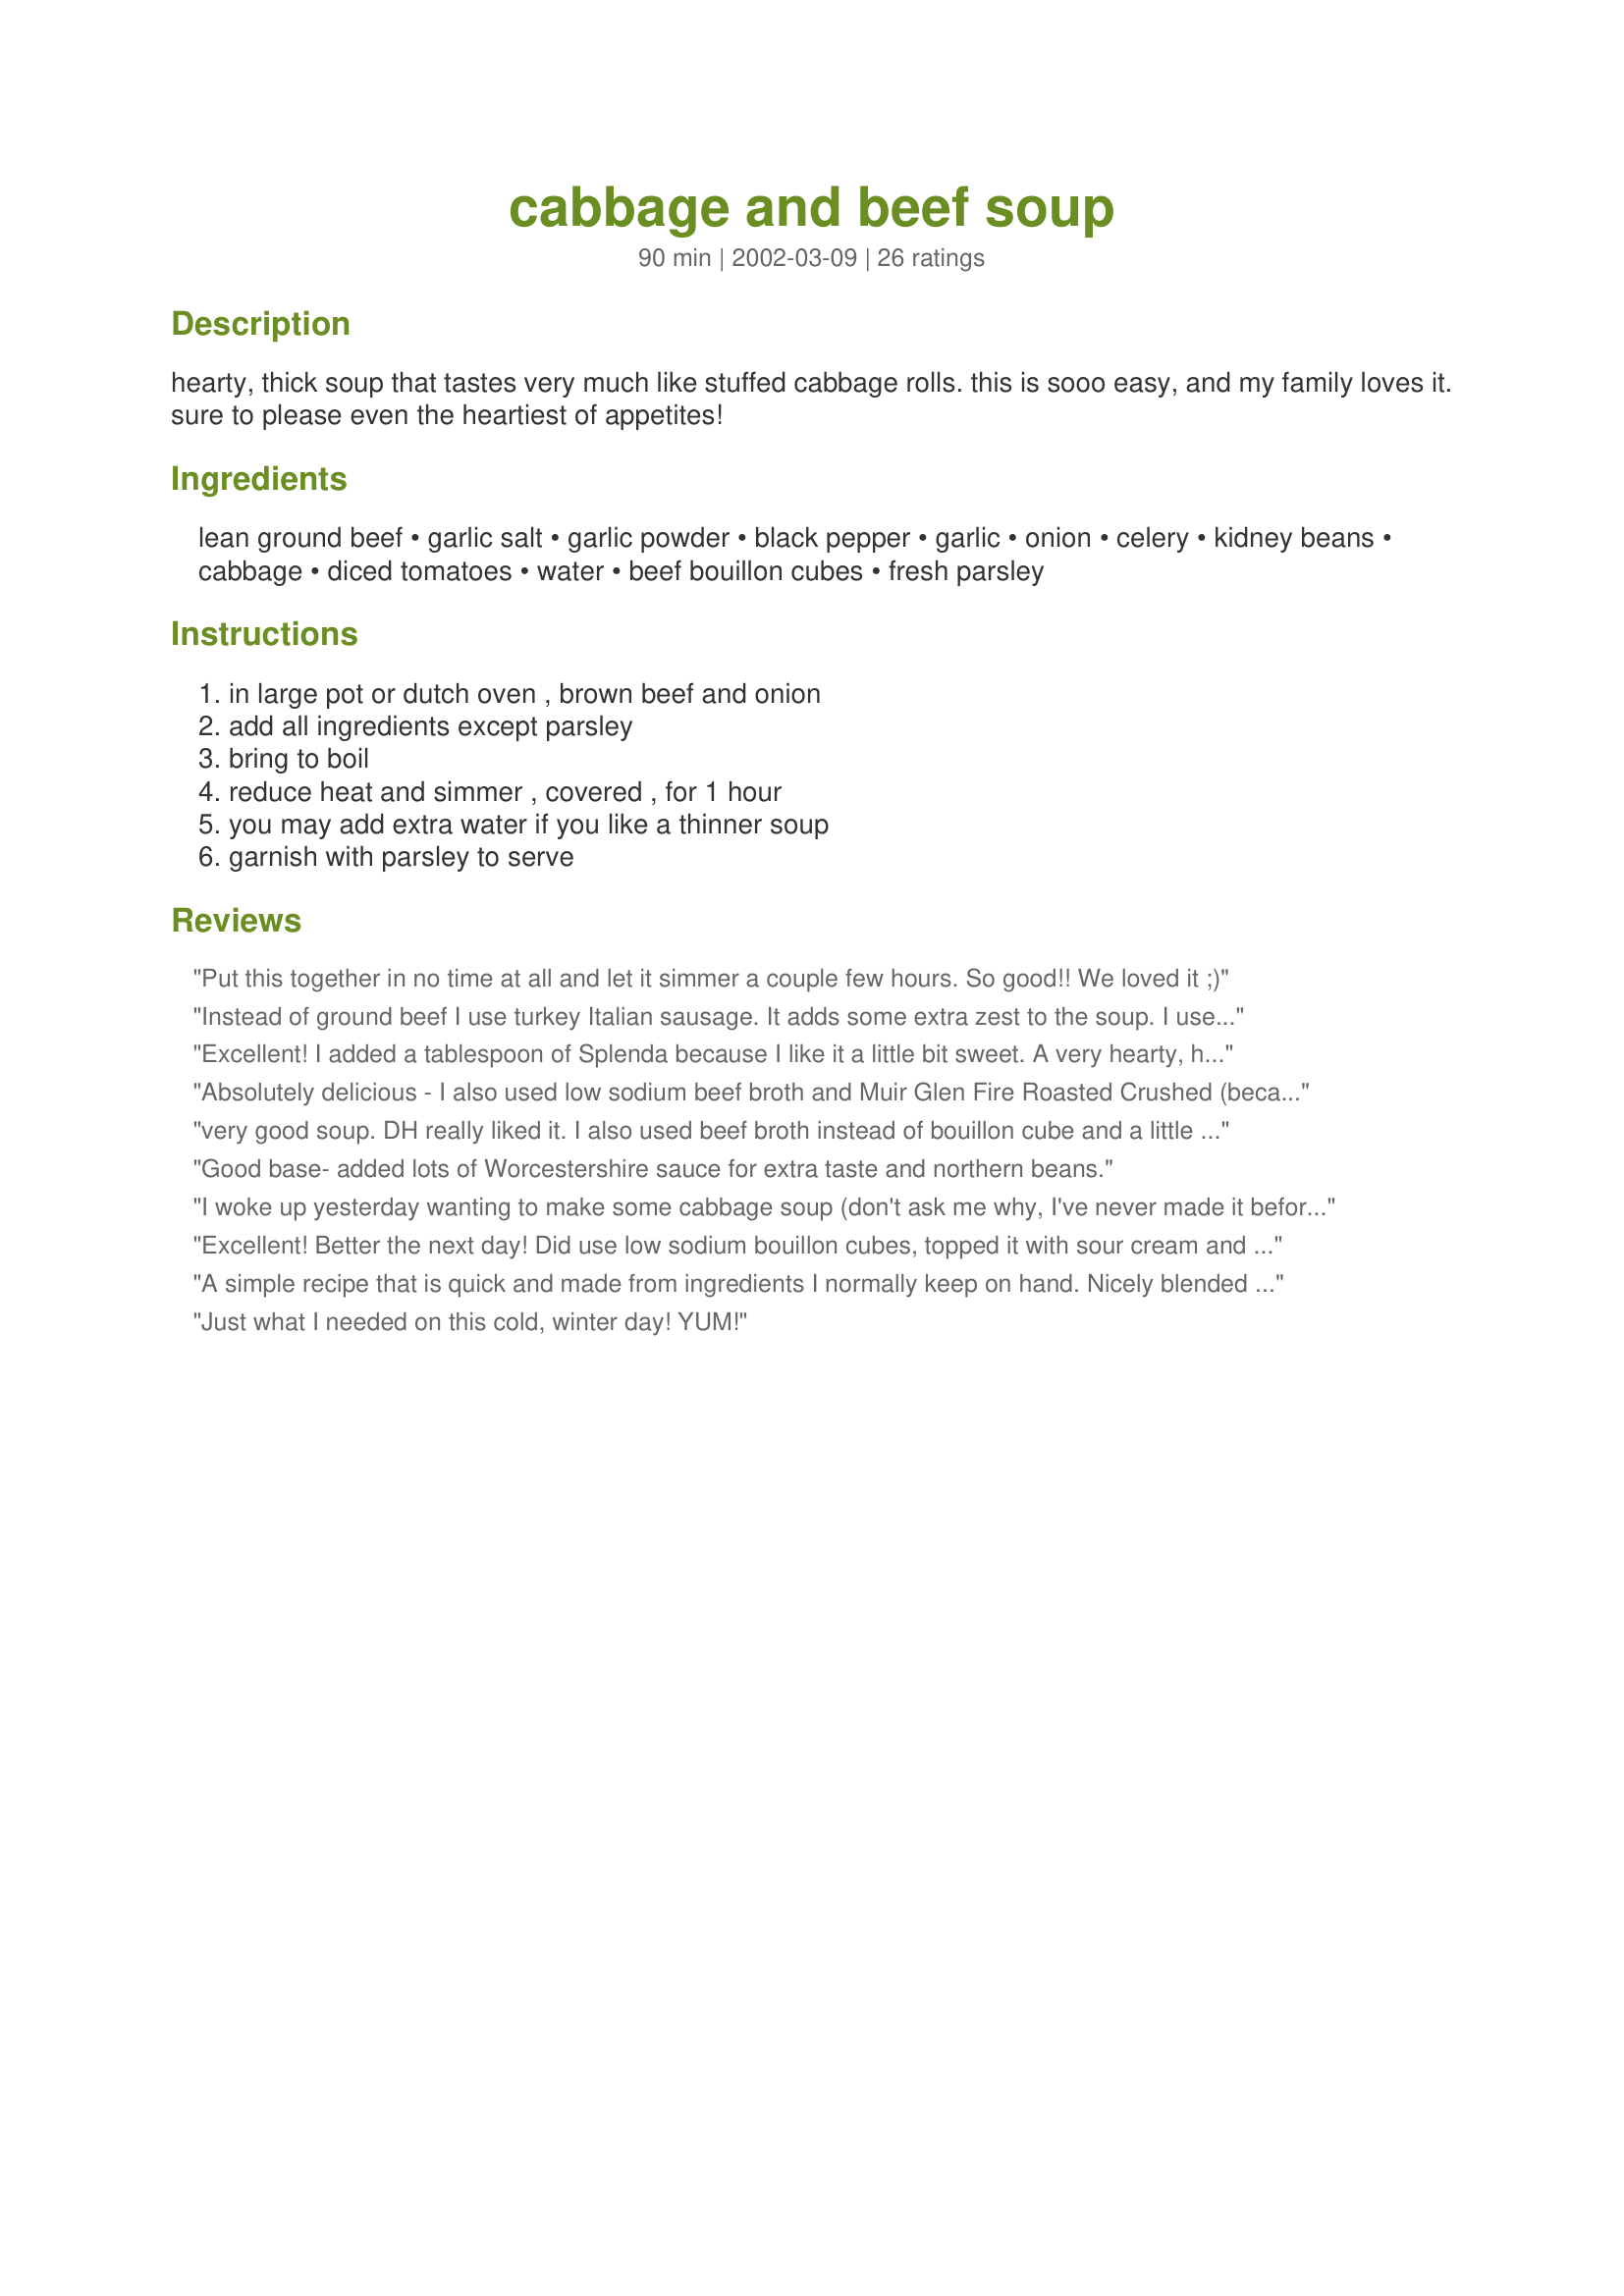
cabbage and beef soup
Preparation time: 90 minutes

hearty, thick soup that tastes very much like stuffed cabbage rolls. this is sooo easy, and my family loves it. sure to please even the heartiest of appetites!

Ingredients:
lean ground beef, garlic salt, garlic powder, black pepper, garlic, onion, celery, kidney beans, cabbage, diced tomatoes, water, beef bouillon cubes, fresh parsley

Steps:
in large pot or dutch oven , brown beef and onion, add all ingredients except parsley, bring to boil, reduce heat and simmer , covered , for 1 hour, you may add extra water if you like a thinner soup, garnish with parsley to serve

Reviews:
Put this together in no time at all and let it simmer a couple few hours. So good!! We loved it ;)
Instead of ground beef I use turkey Italian sausage. It adds some extra zest to the soup. I use half the amount of tomatoes called for and use one 15 oz can of fire roasted diced with juice. I don't like celery so I omit that as well. The Italian sausage really adds something to this soup. We love it. And it is great in that you can add anything you want.
Excellent! I added a tablespoon of Splenda because I like it a little bit sweet. A very hearty, healthy soup, makes a meal by itself. Thanks, Carole in Orlando
Absolutely delicious - I also used low sodium beef broth and Muir Glen Fire Roasted Crushed (because I don't like diced) Tomatoes (my new favorite for all things tomato). Other than that everything else the same. I'm making it tonight with some leftover T-bone steaks (chopped very small) & the bones to flavor the stockfrom last nights grilling menu. Great recipe!
very good soup. DH really liked it. I also used beef broth instead of bouillon cube and a little more onion but other wise I followed the recipe. Next time I might try the addition of a little red wine. thanks for a good soup recipe just as it stands.
Good base- added lots of Worcestershire sauce for extra taste and northern beans.
I woke up yesterday wanting to make some cabbage soup (don't ask me why, I've never made it before!) and looked through the Zaar's recipes and settled on this one. Let me tell you, this soup is WONDERFUL --- and so easy to make! I added more onion (probably about 3/4 cup). Also, I substituted a can of beef broth for the water and threw in the "reserved" tomato liquid. Also, I "guesstimated" on the seasonings, probably erring on the heavy side. Thanks, Manda, for this great recipe. I am sure I will make this often.
Excellent! Better the next day! Did use low sodium bouillon cubes, topped it with sour cream and served it with crusty artisan bread. Thanks Manda for this keeper!
A simple recipe that is quick and made from ingredients I normally keep on hand. Nicely blended flavor and freezes well.
Just what I needed on this cold, winter day! YUM!
I've been making this soup for years. It is so delicious and very filling! I also use 1 can of beef broth in place of the water and I sometimes omit the kidney beans due to personal preferences in my family. This soup is very versatile!
I must agree with the other reviewers, this is a nice base recipe. I didn't add an extra can of water, used only 2 buillion cubes, a whole onion, and dumped the whole can of tomatoes in. Half way through the simmering time I found it to be a little bland. I added some oregano, basil and 1T of ketchup then at the end zipped it up with a smidge of vinegar. Thanks for this simple recipe.
I modified this recipe but it was a great base to adjust according to what I had in the house. I used 1/2 the amount of beef and garlic salt &, doubled the onion, and added cooked rice at the end. It was a delicious soup & I will definitely cook it again!
This was a good and hearty soup but was kind of bland. I fixed that by putting in 2 tsps each of dried basil and oregano. Other than that, great recipe, Manda!!!
This was really good but a little bland. Will try the italian sausage suggestion.
Wonderful winter meal. I used a package of spicy Italian sausage to give it more flavor. And I substituted low sodium beef broth instead of the water and beef bouillion.
Great start for a soup. I added 1/3 cup of Burgundy wine and 1/4 cup of Ketchup(Yeah..I know strange). It really perked the soup up. I recommend this soup with my additions.
This is an awesome combination but needs a lot of seasoning! I used creole,splashes of worcestershire, seasoning salt,.. bottom line.. needs those things you love!
Ideal for a warm, filling meal in the cool weather. I made this as written, but didn't simmer quite as long as listed. It's not gourmet, but it's homey and comforting. Thanx for sharing!
Delicious, I made the soup for my parents, and they loved it! My mother now makes it regularly herself.
Very good soup with a nice blend of flavors. We prefer a thicker soup so we didn't feel the need to add any of the water. The only changes made were a bit of chili p and cumin as well as more onion and we added a can of black beans plus the kidney beans. We also didn't use the beef bouillon because our cubes have sugar in them so we just threw a can of beef broth in instead. Thanks for a great hearty soup recipe!!
Delicious, easy, and pretty nutritious on top of it all! I agree, a can of beef broth subs for the water and bouillon. I also included the tomato liquid -- easier, and the soup can use it.
None of us has ever had cabbage rolls, though I've always considered making them. This soup is fantastic, though. Thanks for a nice hearty dinner that's fairly inexpensive to make.
This soup delivers. Easy and fast to prepare, and it simmered for an hour while I had to go out. I came back and supper was done. I added to this wonderful lineup of ingredients a medium-large size potato, diced chunky, and a left over zucchini, diced, and used vegetable bouillion instead of beef. It makes a lot! Great! There's more for another day! Thanks for posting, Manda.
This is a good hearty soup, I did add I small can of tomato sauce for a bit more flavor,very good .
Glittergirl
This was a very tasty soup and quick for me to prepare. I just subbed pinto beans for the kidney and used dried celery flakes,(no fresh on hand)used scallions instead of onion.This made a ton, so off to the freezer with the rest.

Thanks for the recipe. Will make again.
